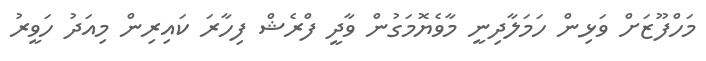
މަހްފޫޒަށް ވަޅިން ހަމަލާދިނީ މާވެޔޮމަގުން ވާދީ ފްރެޝް ފިހާރަ ކައިރިން މިއަދު ހަވީރު